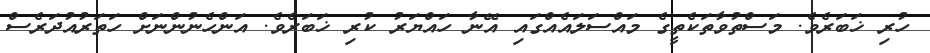
ހުރި ޚަބަރެވެ. މަސްތުވާތަކެތީގެ މައްސަލައެއްގައި އޭނާ ހައްޔަރު ކުރި ޚަބަރެވެ. އަންހެނުންނަށް ހަތަރުއުދަރެސް